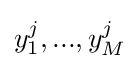
y_{1}^{j},...,y_{M}^{j}